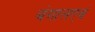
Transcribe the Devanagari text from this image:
बंगालएवं